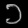
Digit: ၁